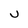
Character: u